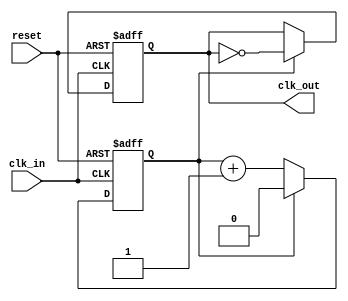
module clock_divider_buffer #(
    parameter DIV_FACTOR = 2  // Default division factor
) (
    input wire clk_in,         // Input clock signal
    input wire reset,          // Asynchronous reset signal
    output reg clk_out         // Output divided clock signal
);

    // Internal counter
    reg [$clog2(DIV_FACTOR)-1:0] counter; // Counter width based on DIV_FACTOR

    // Always block for clock division
    always @(posedge clk_in or posedge reset) begin
        if (reset) begin
            counter <= 0;       // Reset counter
            clk_out <= 0;       // Reset output clock
        end else begin
            if (counter == (DIV_FACTOR - 1)) begin
                counter <= 0;    // Reset counter
                clk_out <= ~clk_out; // Toggle output clock
            end else begin
                counter <= counter + 1; // Increment counter
            end
        end
    end

endmodule